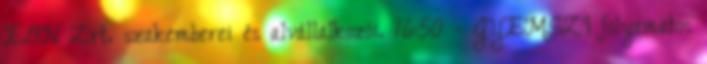
E.ON Zrt. szakemberei és alvállalkozói. 16:50 - GYEMSZI folyamatos